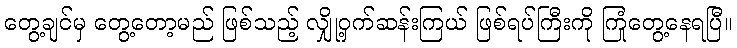
တွေ့ချင်မှ တွေ့တော့မည် ဖြစ်သည့် လျှို့ဝှက်ဆန်းကြယ် ဖြစ်ရပ်ကြီးကို ကြုံတွေ့နေရပြီ။